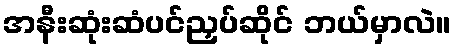
အနီးဆုံးဆံပင်ညှပ်ဆိုင် ဘယ်မှာလဲ။